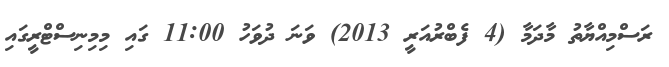
ރަސްމިއްޔާތު މާދަމާ (4 ފެބްރުއަރީ 2013) ވަނަ ދުވަހު 11:00 ގައި މިމިނިސްޓްރީގައި